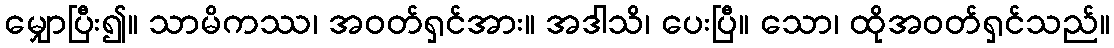
မျှောပြီး၍။ သာမိကဿ၊ အဝတ်ရှင်အား။ အဒါသိ၊ ပေးပြီ။ သော၊ ထိုအဝတ်ရှင်သည်။